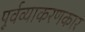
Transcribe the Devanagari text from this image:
पूर्वव्याकरणकार